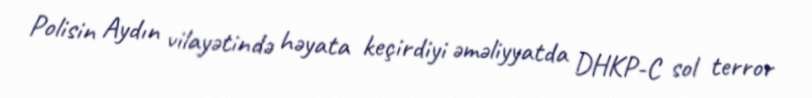
Polisin Aydın vilayətində həyata keçirdiyi əməliyyatda DHKP-C sol terror